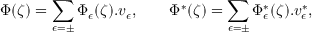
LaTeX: \Phi ( \zeta ) = \sum _ { \epsilon = \pm } \Phi _ { \epsilon } ( \zeta ) . v _ { \epsilon } , \qquad \Phi ^ { * } ( \zeta ) = \sum _ { \epsilon = \pm } \Phi _ { \epsilon } ^ { * } ( \zeta ) . v _ { \epsilon } ^ { * } ,